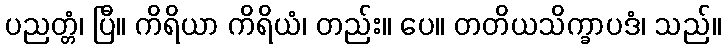
ပညတ္တံ၊ ပြီ။ ကိရိယာ ကိရိယံ၊ တည်း။ ပေ။ တတိယသိက္ခာပဒံ၊ သည်။